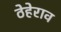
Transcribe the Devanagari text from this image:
ठेहेराव